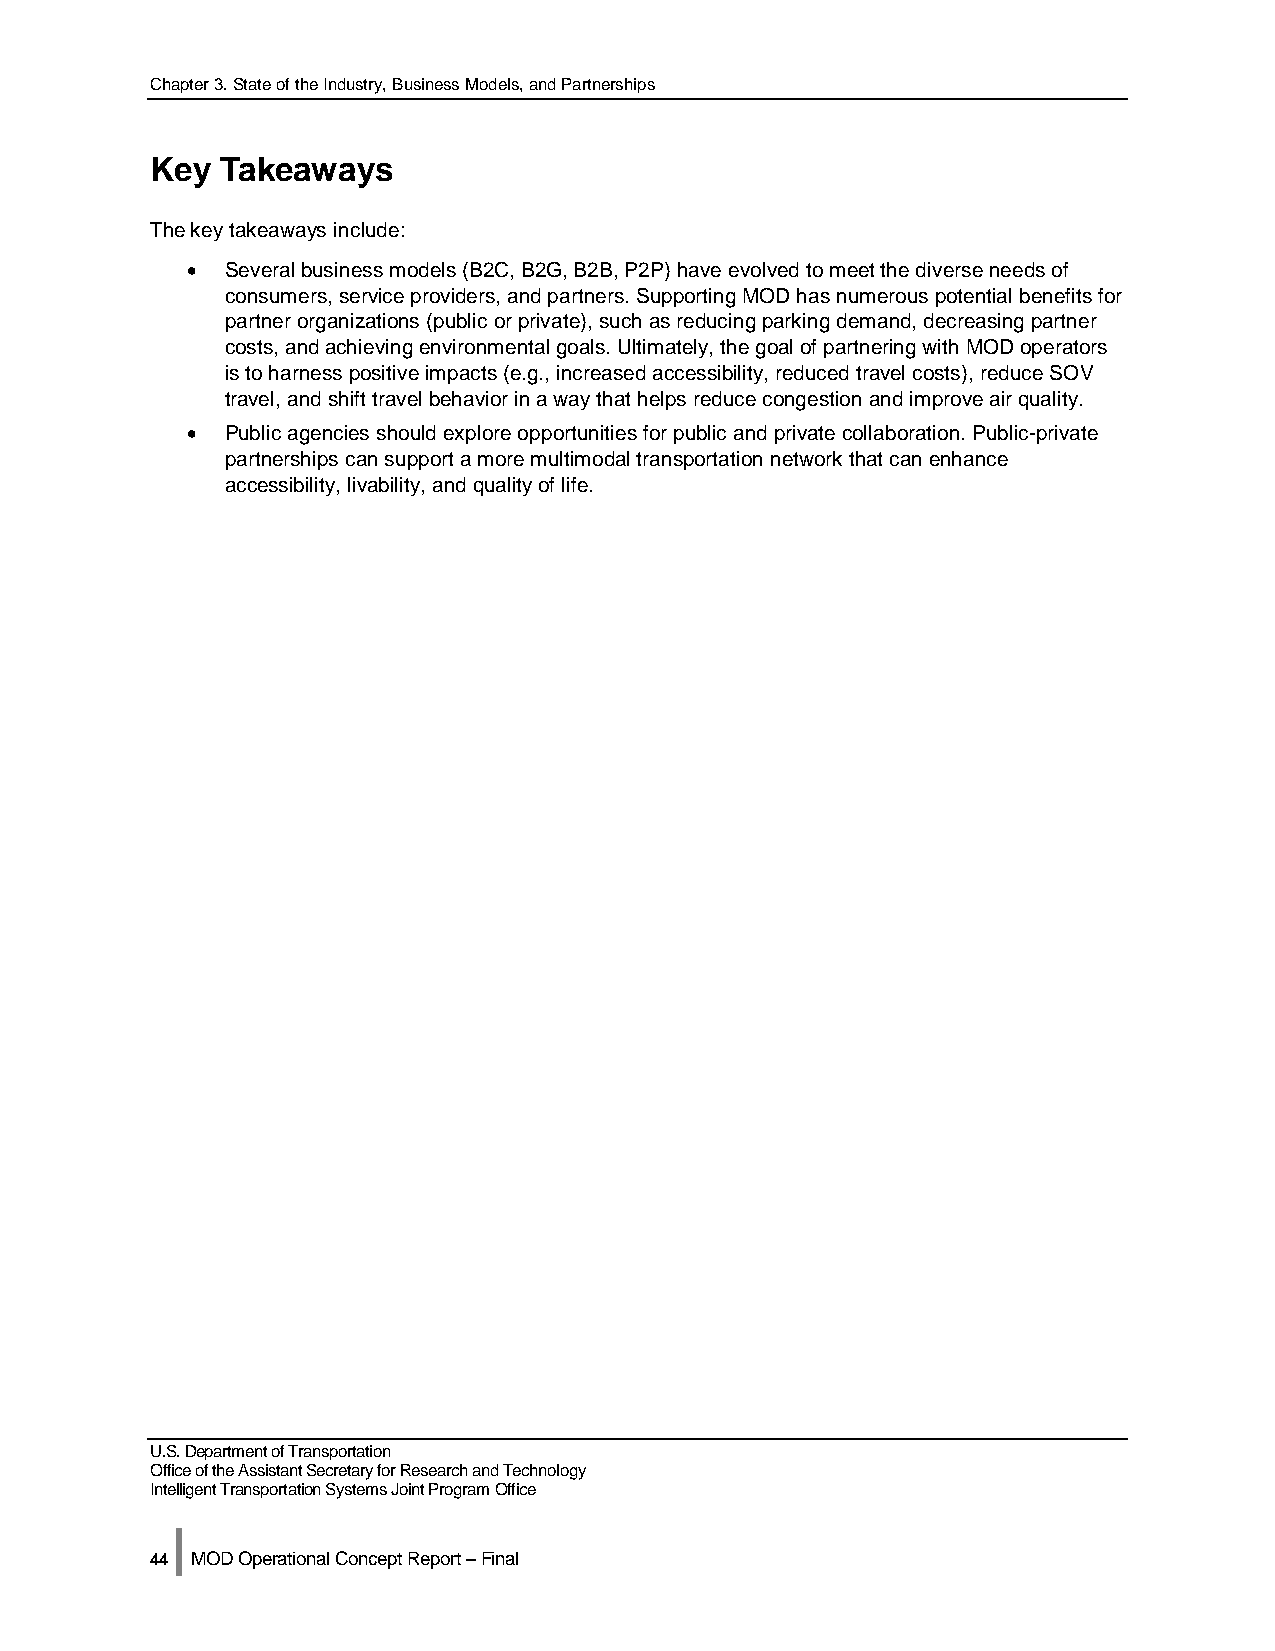
Chapter 3. State of the Industry, Business Models, and Partnerships
 Key  Takeaways
 The key takeaways include:
 •  Several business models (B2C, B2G, B2B, P2P) have evolved to meet the diverse needs of
 consumers, service providers, and partners. Supporting MOD has numerous potential benefits for
 partner organizations (public or private), such as reducing parking demand, decreasing partner
 costs, and achieving environmental goals. Ultimately, the goal of partnering with MOD operators
 is to harness positive impacts (e.g., increased accessibility, reduced travel costs), reduce SOV
 travel, and shift travel behavior in a way that helps reduce congestion and improve air quality.
 •  Public agencies should explore opportunities for public and private collaboration. Public-private
 partnerships can support a more multimodal transportation network that can enhance
 accessibility, livability, and quality of life.
 U.S. Department of Transportation
 Office of the Assistant Secretary for Research and Technology
 Intelligent Transportation Systems Joint Program Office
 |
 44 MOD Operational Concept Report – Final